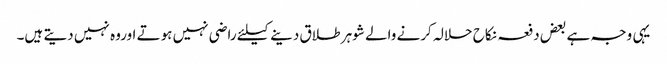
یہی وجہ ہے بعض دفعہ نکاح حلالہ کرنے والے شوہر طلاق دینے کیلئے راضی نہیں ہوتے اوروہ نہیں دیتے ہیں۔